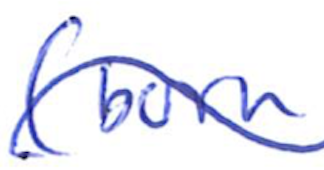
Text: (born
Cross-out: wave
Writing tool: ballpoint